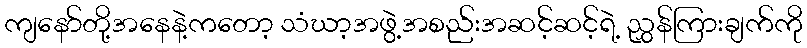
ကျနော်တို့အနေနဲ့ကတော့ သံဃာ့အဖွဲ့အစည်းအဆင့်ဆင့်ရဲ့ ညွှန်ကြားချက်ကို